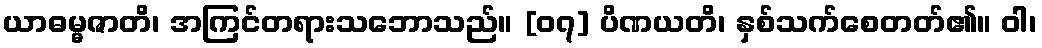
ယာဓမ္မဇာတိ၊ အကြင်တရားသဘောသည်။ [၀၇] ပိဏယတိ၊ နှစ်သက်စေတတ်၏။ ဝါ၊